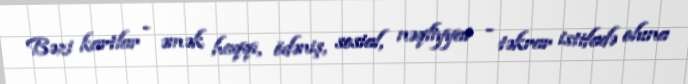
Bəzi kartlar - əmək haqqı, ödəniş, sosial, nəqliyyat - təkrar istifadə oluna